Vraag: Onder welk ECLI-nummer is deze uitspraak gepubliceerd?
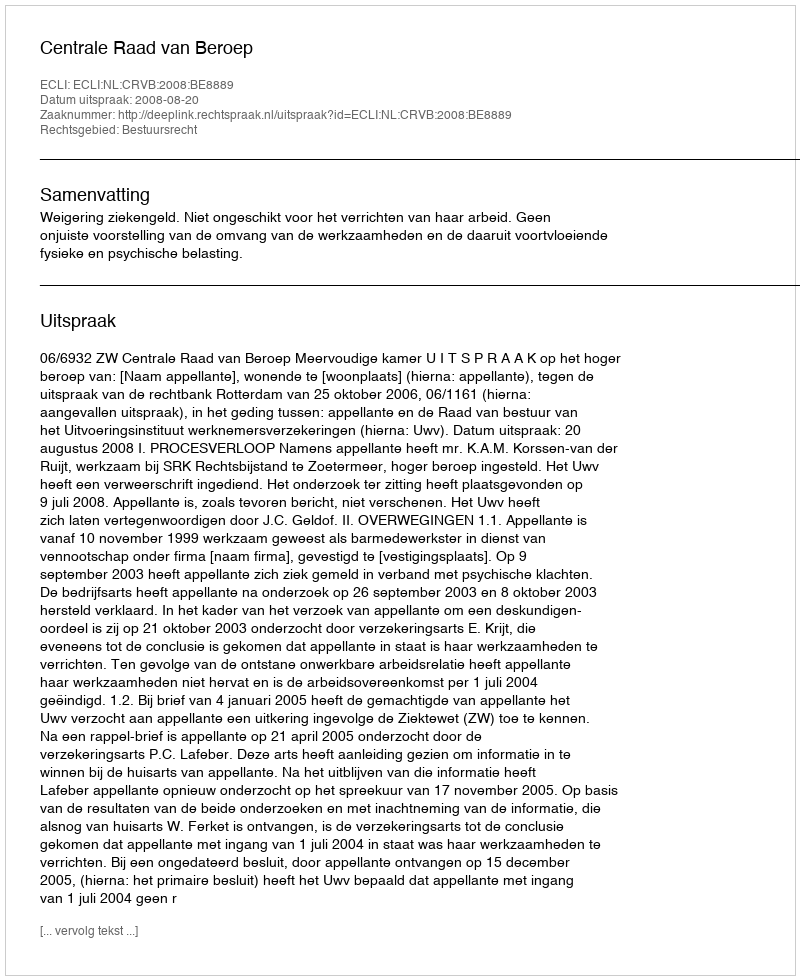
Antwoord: ECLI:NL:CRVB:2008:BE8889